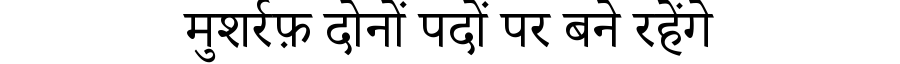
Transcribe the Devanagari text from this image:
मुशर्रफ़ दोनों पदों पर बने रहेंगे